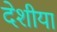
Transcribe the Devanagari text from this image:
देशीया